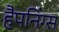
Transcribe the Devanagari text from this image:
हैपनिंग्स